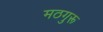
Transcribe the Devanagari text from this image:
मठगुरू